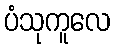
ပံသုကူလေ